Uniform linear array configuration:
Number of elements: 16
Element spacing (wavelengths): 0.5
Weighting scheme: hamming
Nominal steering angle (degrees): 60
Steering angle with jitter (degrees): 60.138
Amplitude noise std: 0.05
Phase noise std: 0.05

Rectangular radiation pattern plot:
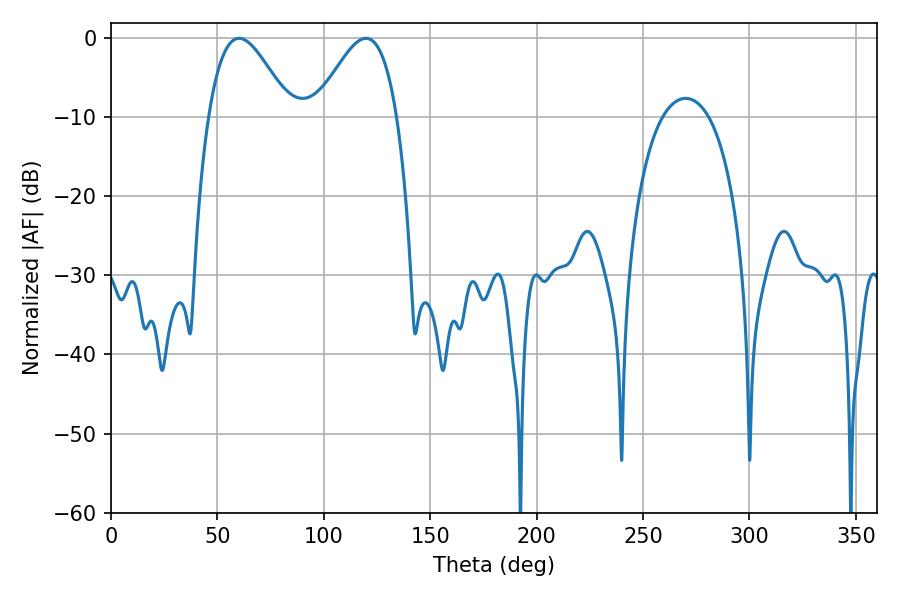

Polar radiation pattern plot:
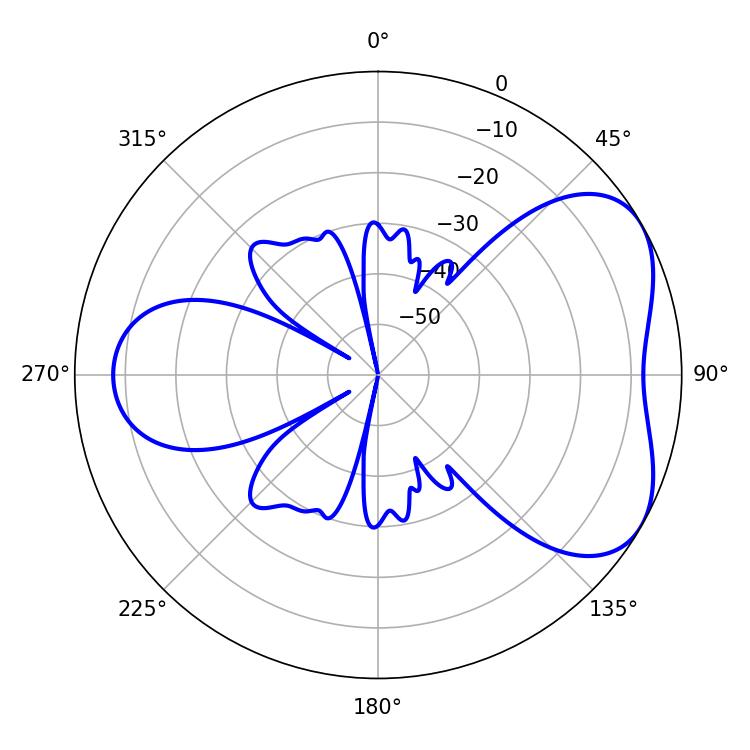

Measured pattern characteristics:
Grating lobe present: FALSE
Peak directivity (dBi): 4.919
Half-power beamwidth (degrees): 20.52
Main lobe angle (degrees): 60.12